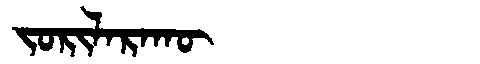
Manchu: ᠵᠣᡵᡳᠯᠠᡵᠠᡴᡡ
Romanization: JORILARAKŪ